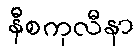
နီစကုလီနာ